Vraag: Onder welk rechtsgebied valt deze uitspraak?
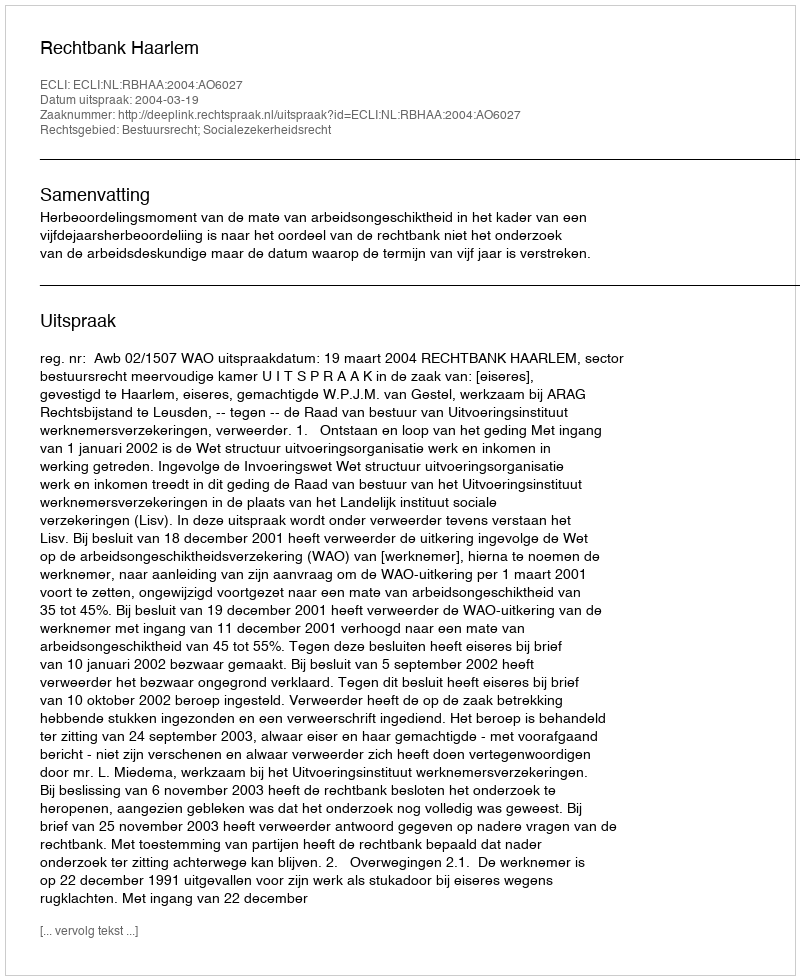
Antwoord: Bestuursrecht; Socialezekerheidsrecht